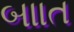
બાાત